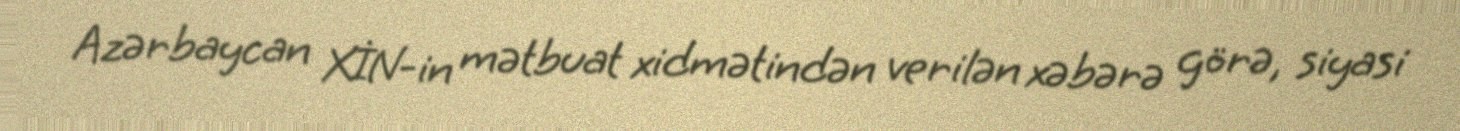
Azərbaycan XİN-in mətbuat xidmətindən verilən xəbərə görə, siyasi